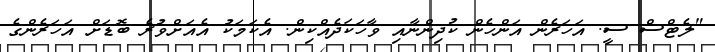
"ލެޓްސް ސީ. އަހަރެން އަންހެން ކުދިންނާއި ވާހަކަދެއްކިން. އެކަމަކު އެއަށްވުރެ ބޮޑަށް އަހަރެންގެ